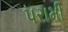
પરામી